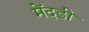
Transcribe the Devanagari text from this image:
मेंदडी